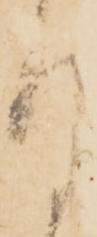
目